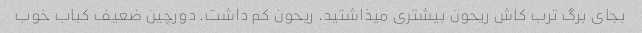
بجای برگ ترب کاش ریحون بیشتری میذاشتید. ریحون کم داشت. دورچین ضعیف کباب خوب